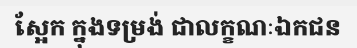
ស្អែក ក្នុងទម្រង់ ជាលក្ខណៈឯកជន